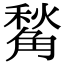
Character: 𧤙